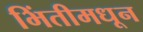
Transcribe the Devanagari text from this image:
भिंतीमधून